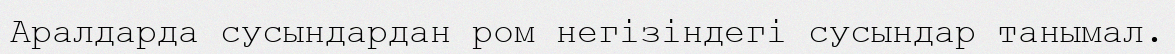
Аралдарда сусындардан ром негізіндегі сусындар танымал.